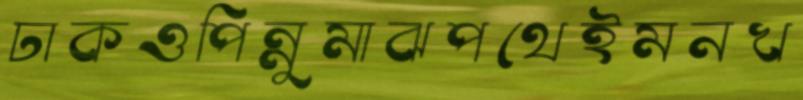
ঢাকওপিন্নুমাঝপথেইমনখ